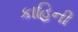
કાહિની